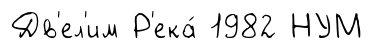
Дв'ел'им Р'ека́ 1982 НУМ